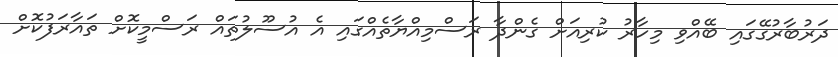
ދަރުބާރުގޭގައި ބޭއްވި މިހާރު ކުރިއަށް ގެންދާ ރަސްމިއްޔާތެއްގައި އެ އުސޫލުތައް ރަަސްމީކޮށް ތައާރަފުކޮށް